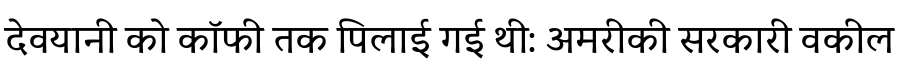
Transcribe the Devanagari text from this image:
देवयानी को कॉफी तक पिलाई गई थी: अमरीकी सरकारी वकील